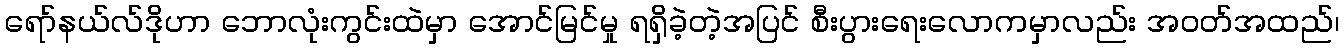
ရော်နယ်လ်ဒိုဟာ ဘောလုံးကွင်းထဲမှာ အောင်မြင်မှု ရရှိခဲ့တဲ့အပြင် စီးပွားရေးလောကမှာလည်း အဝတ်အထည်၊